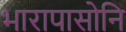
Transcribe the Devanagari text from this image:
भारापासोनि